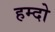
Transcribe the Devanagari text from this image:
हम्दो